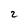
Character: 2